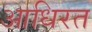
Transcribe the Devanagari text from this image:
आधिरत